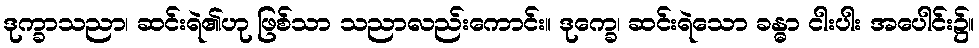
ဒုက္ခာသညာ၊ ဆင်းရဲ၏ဟု ဖြစ်သာ သညာလည်းကောင်း။ ဒုက္ခေ၊ ဆင်းရဲသော ခန္ဓာ ငါးပါး အပေါင်း၌။